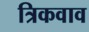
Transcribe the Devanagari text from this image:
त्रिकवाव